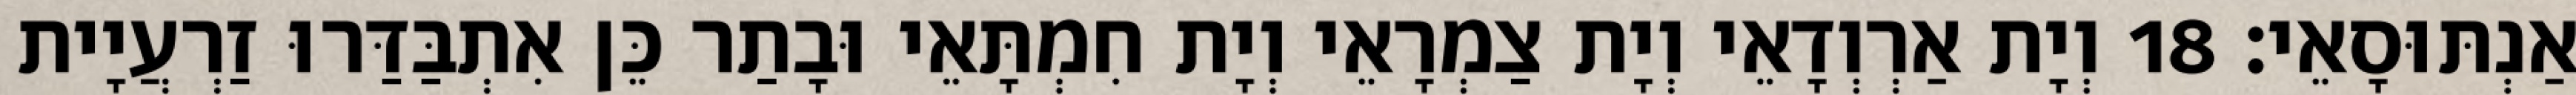
אַנְתּוּסָאֵי׃ 18 וְיָת אַרְוְדָאֵי וְיָת צַמְרָאֵי וְיָת חִמְתָּאֵי וּבָתַר כֵּן אִתְבַּדַּרוּ זַרְעֲיָית